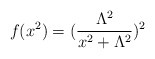
\begin{align*}f(x^{2})=(\frac{\Lambda^{2}}{x^{2}+\Lambda^{2}})^{2}\end{align*}